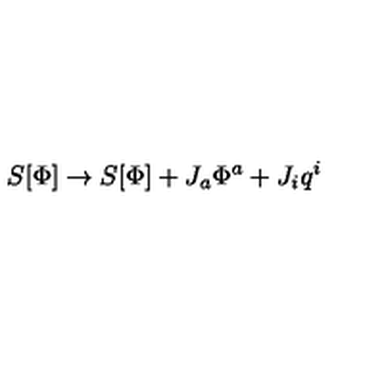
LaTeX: S [ \Phi ] \rightarrow S [ \Phi ] + J _ { a } \Phi ^ { a } + J _ { i } q ^ { i }